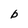
Character: b